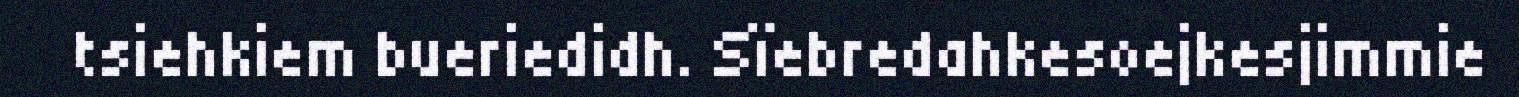
tsiehkiem bueriedidh. Sïebredahkesoejkesjimmie